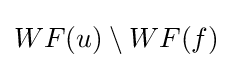
WF(u)\setminus WF(f)